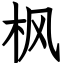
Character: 枫